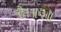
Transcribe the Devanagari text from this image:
है।॥३॥